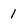
Character: 1